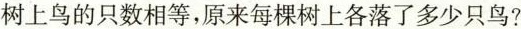
树上鸟的只数相等，原来每棵树上各落了多少只鸟?